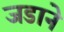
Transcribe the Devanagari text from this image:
जडाने